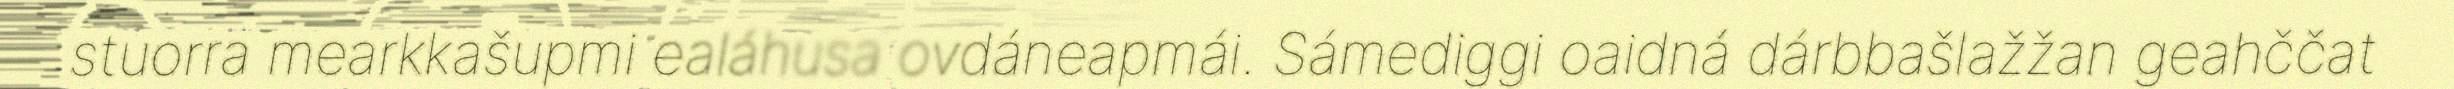
stuorra mearkkašupmi ealáhusa ovdáneapmái. Sámediggi oaidná dárbbašlažžan geahččat